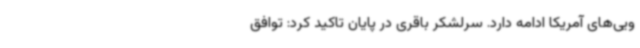
ویی‌های آمریکا ادامه دارد. سرلشکر باقری در پایان تاکید کرد: توافق